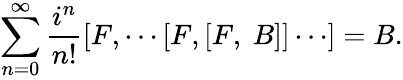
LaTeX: \sum_{n=0}^{\infty}\frac{i^{n}}{n!}[F,\cdots[F,[F,~B]]\cdots]=B.